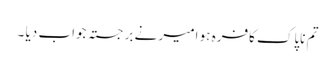
تم ناپاک کافرہ ہو امیر نے برجستہ جواب دیا ۔